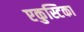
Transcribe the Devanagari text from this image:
एकुस्टिका